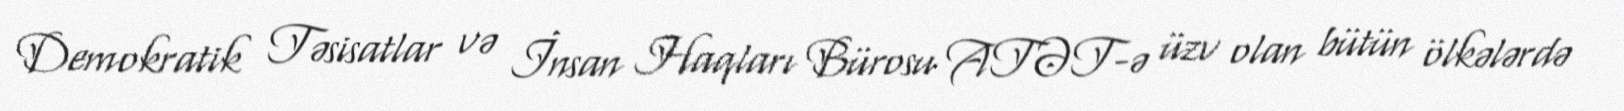
Demokratik Təsisatlar və İnsan Haqları Bürosu ATƏT-ə üzv olan bütün ölkələrdə